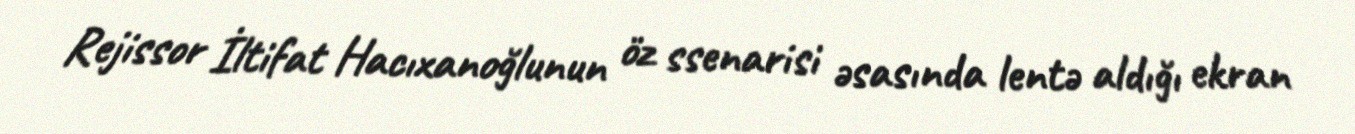
Rejissor İltifat Hacıxanoğlunun öz ssenarisi əsasında lentə aldığı ekran